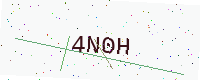
Text: 4N0H